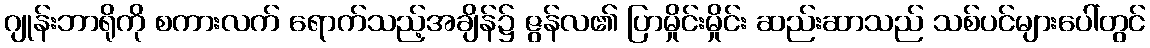
ဂျုန်းဘာရိုကို စကားလက် ရောက်သည့်အချိန်၌ ဇွန်လ၏ ပြာမှိုင်းမှိုင်း ဆည်းဆာသည် သစ်ပင်များပေါ်တွင်